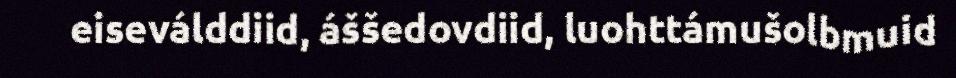
eiseválddiid, áššedovdiid, luohttámušolbmuid